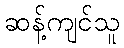
ဆန့်ကျင်သူ